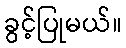
ခွင့်ပြုမယ်။